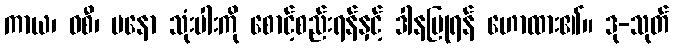
ကာယ၊ ဝစီ၊ မနော သုံးပါးကို စောင့်စည်းရန်နှင့် ဒါနပြုရန် ဟောထား၏။ ဒု-သုတ်